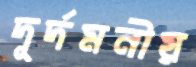
দূর্দমনীয়